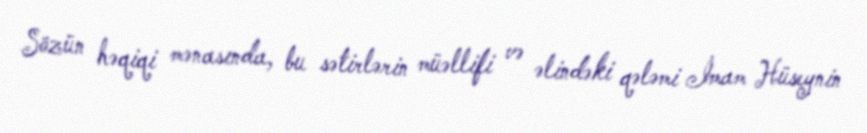
Sözün həqiqi mənasında, bu sətirlərin müəllifi və əlindəki qələmi İmam Hüseynin